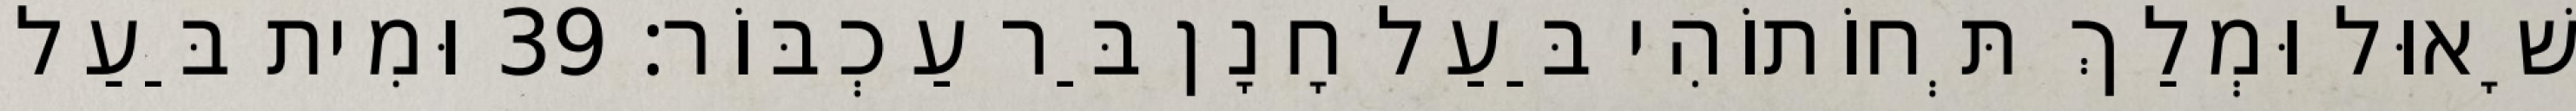
שָׁאוּל וּמְלַךְ תְּחוֹתוֹהִי בַּעַל חָנָן בַּר עַכְבּוֹר׃ 39 וּמִית בַּעַל